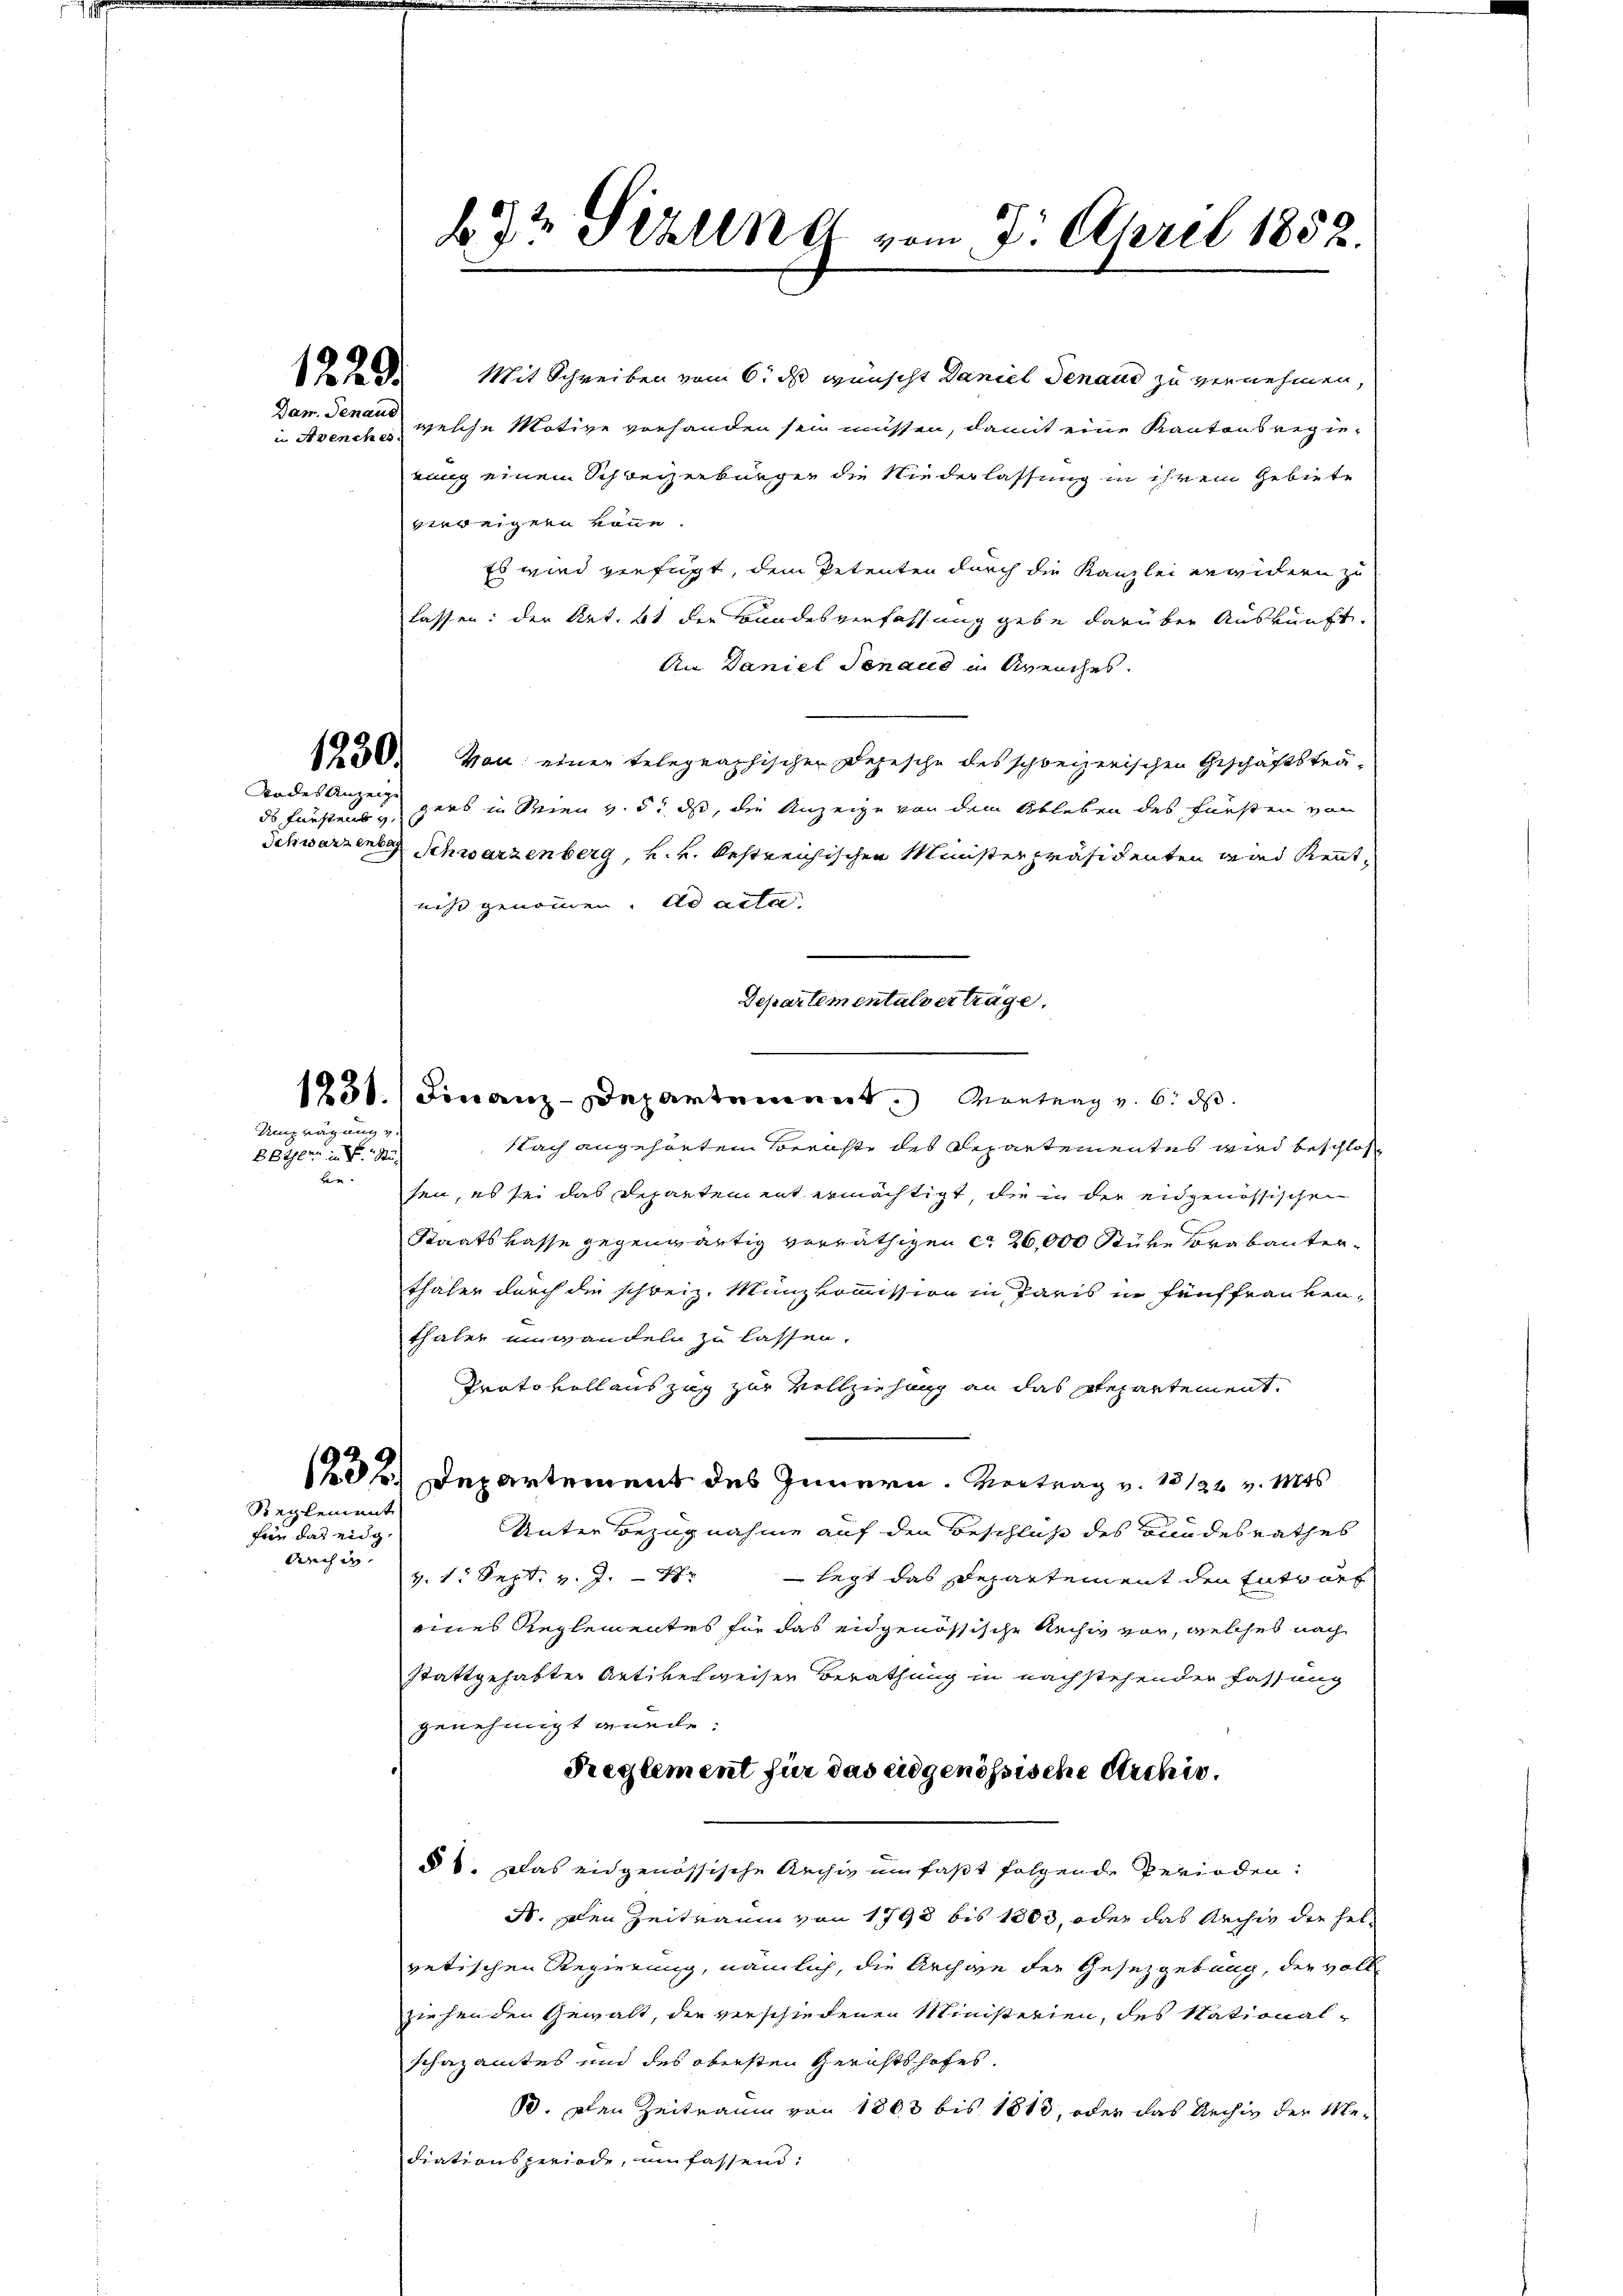
1220.
Dam. Genaus

in Avenches

Rodes Anzeige
ds Fürstens v

Umprägung v.

Beyer in d. Stu

Mit Schreiben vom 6. d wünscht Daniel Genaud zu vernehmen,
welche Motive vorhanden sein müssen, damit eine Kantons ergierung einem Schweizerbürger die Niederlassung in ihrem Gebiete
verweigern könne.
Es wird verfügt, dem Petenten durch die Kanzlei erwidern zu
lassen: der Art. 61 der Bundesverfassung gebe darüber Auskunft.
An Daniel Senaud in Kreuches.
1580. Von einer telegraphischer Depesche des schweizerischen Geschäftsträgars in Wien v. 5. ds, die Anzeige von dem Ableben des Fürsten von
Schwarzene Schwarzenberg, v. 4. bestreichischen Minister präsidenten wird Kenntnicht genommen. ad acta
Departementalverträge.
1831. Finanz-Departement. Vortrag v. 6. ds.
Nach angehörtem Beruhte des Departementes wird beschloß
ve sei, es sei das Departement ermächtigt, die in der eidgenössischen
Staatskasse gegenwärtig verräthigen ca 26,000 Stüke Brabanterthaler durch die schweiz. Münzkommission in Paris in fünffrankenthaler einwandeln zu lassen.
Prato vollauszug zur Vollziehung an das Repartement,
232. Departement des Innern. Vertrag v. 13122 v. Mts.
Reglement
Unter Bezugnahme auf den Beschluß des Bundesrathes
für das eidg.
durch in
v. 1. Sept. v. J. - 4. — legt das Departement den Entwurf
eines Reglementes für das eidgenössische Rechiv vor, welches nach
stattgehabter Artikelweiser Berathung in nachstehenden Fassung
genehmigt wurde:
Reglement für das eidgenössische Archi¬
§ 1. Das eidgenössische Archiv umfaßt folgende Perioden:
S. Den Zeitraum von 1798 bis 1803, oder das Archiv die hel-
retischen Regierung, nämlich, die Archive der Gesetzgebung, der voll
ziehenden Gewalt, die verschiedenen Ministerien, des Nationalschazamtes und des obersten Gerichtshofes.
13. Den Zeitraum von 1803 bis 1813, oder das Archiv der Mediationsperiode, umfassend:

672 Ställe vom 7. April 1852.